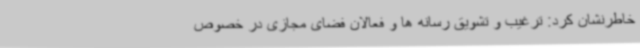
خاطرنشان کرد: ترغیب و تشویق رسانه ها و فعالان فضای مجازی در خصوص